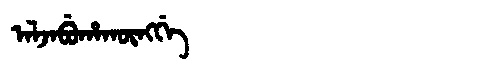
Manchu: ᠠᠯᠵᠠᠪᡠᡥᠠᡴᡡᠩᡤᡝ
Romanization: ALJABUHAKŪNGGE